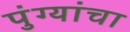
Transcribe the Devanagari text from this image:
पुंग्यांचा